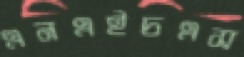
এনএইচএস